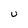
Character: U